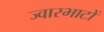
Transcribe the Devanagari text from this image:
ज्वारभाटों